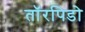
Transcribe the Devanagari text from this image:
तॉरपिडो